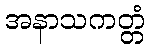
အနာသကတ္တံ